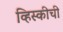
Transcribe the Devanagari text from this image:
व्हिस्कीची